Report of the Imperial Institute of Veterinary Research, Muktesar
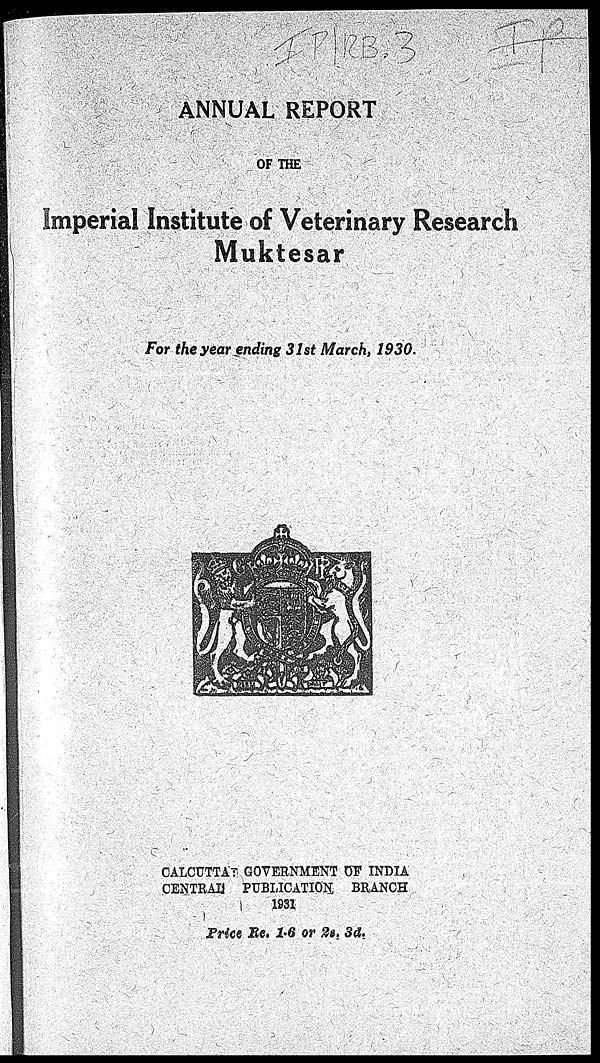
ANNUAL REPORT
OF THE
Imperial Institute of Veterinary Research
Muktesar
For the year ending 31st March, 1930.
CALCUTTA GOVERNMENT OF INDIA
CENTRAL PUBLICATION BRANCH
1931
Price Re. 1-6 or 2s. 3d.